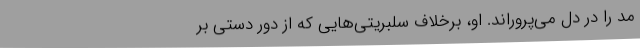
مد را در دل می‌پروراند. او، برخلاف سلبریتی‌هایی که از دور دستی بر